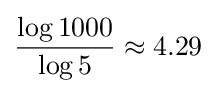
{\frac {\log 1000}{\log 5}}\approx 4.29